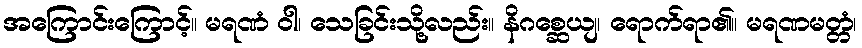
အကြောင်းကြောင့်။ မရဏံ ဝါ၊ သေခြင်းသို့လည်း။ နိဂစ္ဆေယျ၊ ရောက်ရာ၏။ မရဏမတ္တံ၊